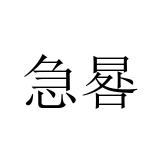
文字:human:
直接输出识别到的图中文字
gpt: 急晷